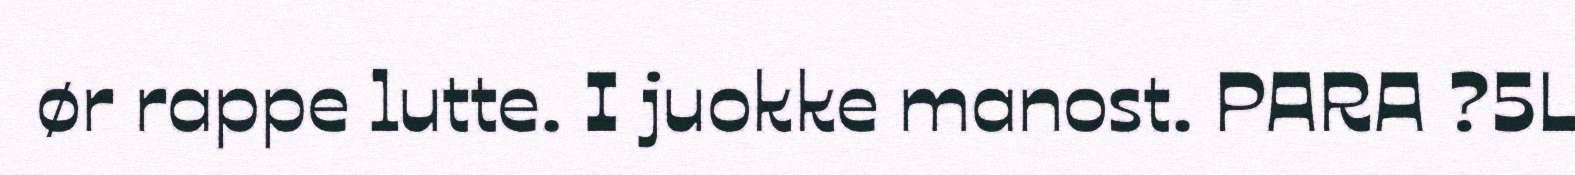
ør rappe lutte. I juokke manost. PARA ?5L